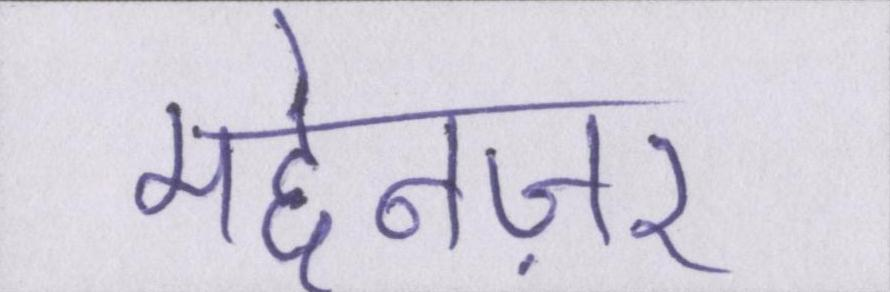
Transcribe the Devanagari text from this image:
मद्देनज़र